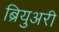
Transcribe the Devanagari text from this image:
ब्रियुअरी